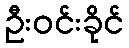
ဦးဝင်းခိုင်